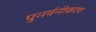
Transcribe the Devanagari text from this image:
पुनर्वनीकरण